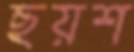
ছয়শ